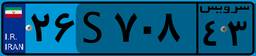
۴۹S۳۹۸۶۸